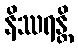
နိဿရန္တိ